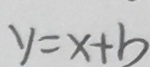
y = x + b